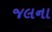
જલના